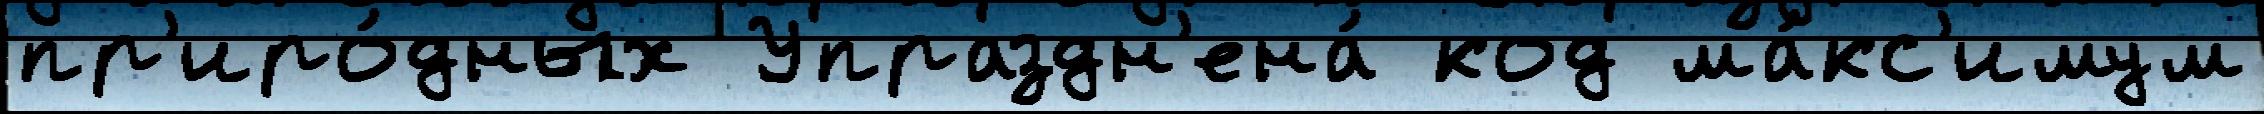
пр'иро́дных Упраздн'ена́ код ма́кс'имум